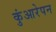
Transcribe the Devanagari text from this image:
कुंआरेपन